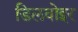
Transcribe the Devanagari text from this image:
डिलवोइर